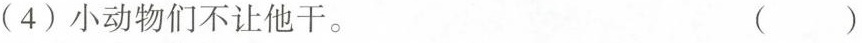
(4)小动物们不让他干。 ( )